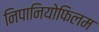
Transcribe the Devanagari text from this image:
निपानियोफिलम